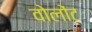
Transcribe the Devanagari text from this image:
वोलोंट